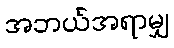
အဘယ်အရာမျှ